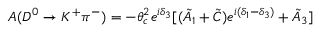
A ( D ^ { 0 } \to K ^ { + } \pi ^ { - } ) = - \theta _ { c } ^ { 2 } e ^ { i \delta _ { 3 } } [ ( \tilde { A } _ { 1 } + \tilde { C } ) e ^ { i ( \delta _ { 1 } - \delta _ { 3 } ) } + \tilde { A } _ { 3 } ]